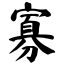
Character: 寡